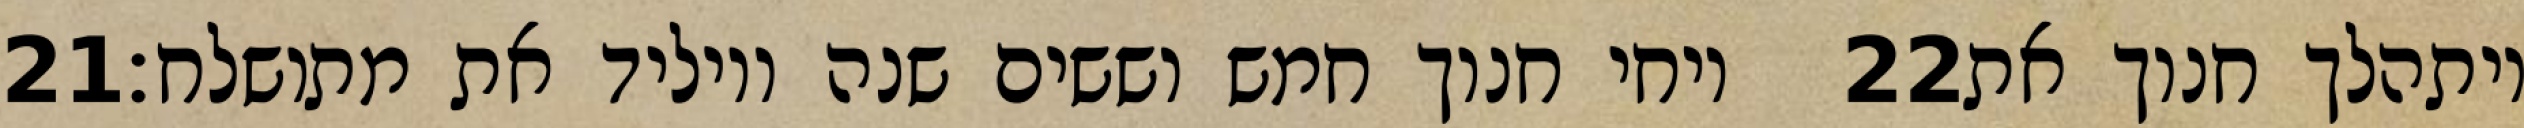
‎21‏ ויחי חנוך חמש וששים שנה ויוליד את מתושלח׃ ‎22‏ ויתהלך חנוך את